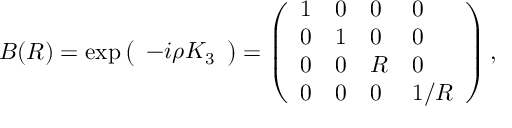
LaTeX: B ( R ) = \exp \left( \begin{array} { l } { { - i \rho K _ { 3 } } } \end{array} \right) = \left( \begin{array} { l l l l } { { 1 } } & { { 0 } } & { { 0 } } & { { 0 } } \\ { { 0 } } & { { 1 } } & { { 0 } } & { { 0 } } \\ { { 0 } } & { { 0 } } & { { R } } & { { 0 } } \\ { { 0 } } & { { 0 } } & { { 0 } } & { { 1 / R } } \end{array} \right) ,